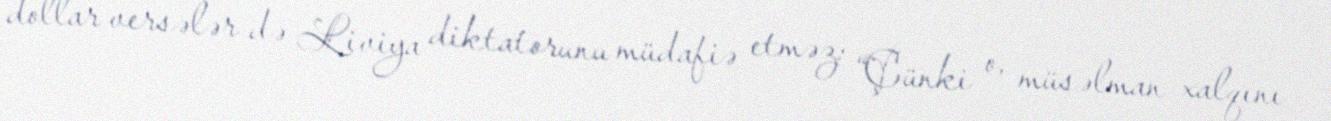
dollar versələr də Liviya diktatorunu müdafiə etməz: “Çünki o, müsəlman xalqını